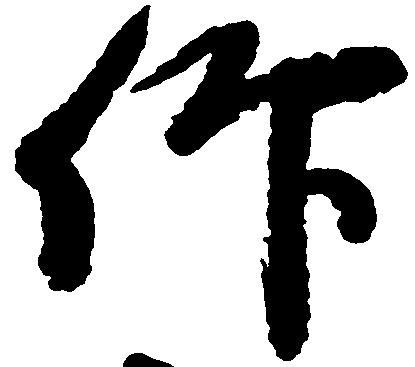
仰